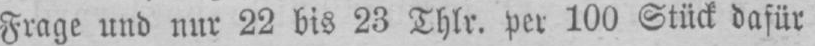
Frage und nur 22 bis 23 Thlr. per 100 Stück dafür